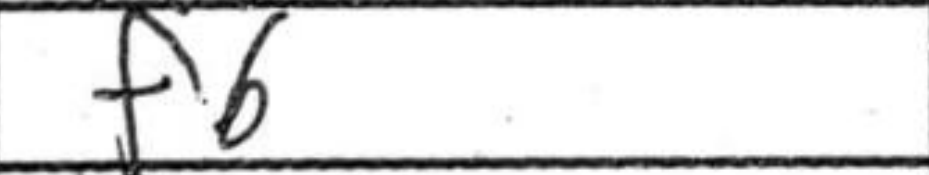
Transcription: f6